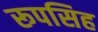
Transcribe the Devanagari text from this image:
रूपसिह